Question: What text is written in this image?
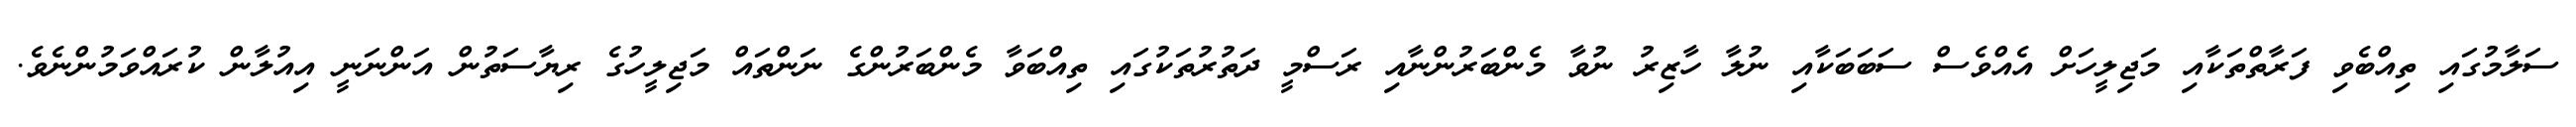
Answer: ސަލާމުގައި ތިއްބެވި ފަރާތްތަކާއި މަޖިލީހަށް އެއްވެސް ސަބަބަކާއި ނުލާ ހާޒިރު ނުވާ މެންބަރުންނާއި ރަސްމީ ދަތުރުތަކުގައި ތިއްބަވާ މެންބަރުންގެ ނަންތައް މަޖިލީހުގެ ރިޔާސަތުން އަންނަނީ އިއުލާން ކުރައްވަމުންނެވެ.